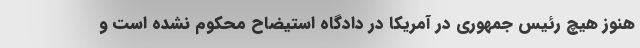
هنوز هیچ رئیس جمهوری در آمریکا در دادگاه استیضاح محکوم نشده است و